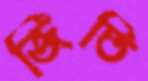
জিতি